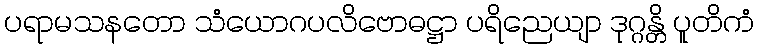
ပရာမသနတော သံယောဂပလိဗောဓဋ္ဌာ ပရိညေယျာ ဒုဂ္ဂန္တိ ပူတိကံ